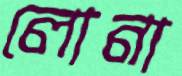
লোনা